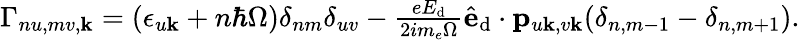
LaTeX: \begin{array}{r}{\Gamma_{nu,mv,\mathbf{k}}=(\epsilon_{u\mathbf{k}}+n\hbar\Omega)\delta_{nm}\delta_{uv}-\frac{eE_{\textrm{d}}}{2im_{e}\Omega}\hat{\mathbf{e}}_{\textrm{d}}\cdot\mathbf{p}_{u\mathbf{k},v\mathbf{k}}(\delta_{n,m-1}-\delta_{n,m+1}).}\end{array}